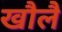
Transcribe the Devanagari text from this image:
खौलै